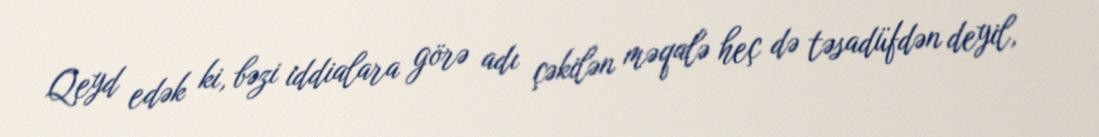
Qeyd edək ki, bəzi iddialara görə adı çəkilən məqalə heç də təsadüfdən deyil,